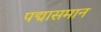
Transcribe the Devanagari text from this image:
पद्मासमान